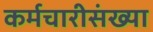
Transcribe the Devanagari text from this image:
कर्मचारीसंख्या